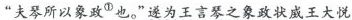
”夫琴所以象政^{①}也。”遂为王言琴之象政状威王大悦